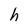
Character: h